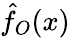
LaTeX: \hat{f}_{O}(x)